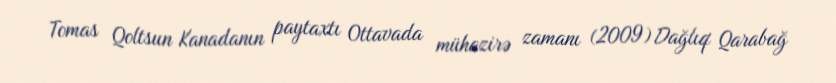
Tomas Qoltsun Kanadanın paytaxtı Ottavada mühazirə zamanı (2009) Dağlıq Qarabağ